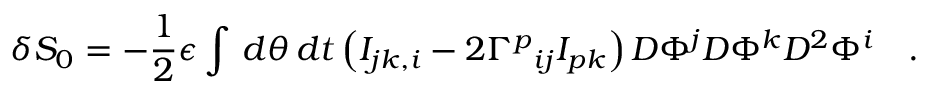
\delta S _ { 0 } = - \frac { 1 } { 2 } \epsilon \int \, d \theta \, d t \left( I _ { j k , i } - 2 { \Gamma ^ { p } } _ { i j } I _ { p k } \right) D \Phi ^ { j } D \Phi ^ { k } D ^ { 2 } \Phi ^ { i } \quad .